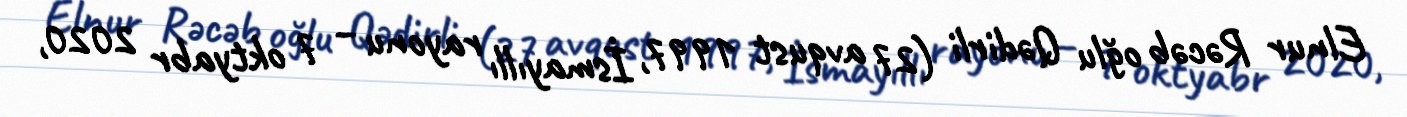
Elnur Rəcəb oğlu Qədirli (27 avqust 1997, İsmayıllı rayonu – 7 oktyabr 2020,